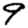
Digit: 9